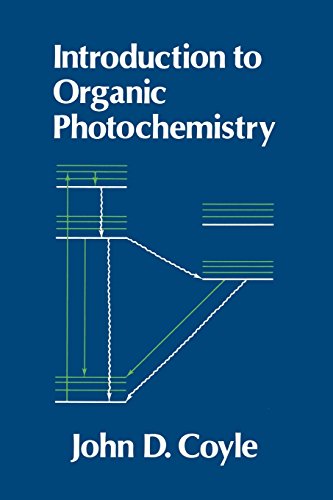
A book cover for Introduction to Organic Photochemistry; J. D. Coyle; Science & Math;